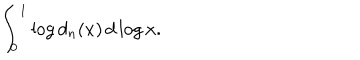
\int _ { 0 } ^ { 1 } \log d _ { n } ( x ) \, d \log x .